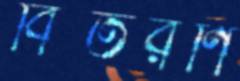
বিতরণি